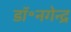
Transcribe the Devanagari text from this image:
डॉ॰नगेन्द्र